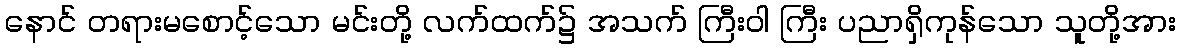
နောင် တရားမစောင့်သော မင်းတို့ လက်ထက်၌ အသက် ကြီးဝါ ကြီး ပညာရှိကုန်သော သူတို့အား